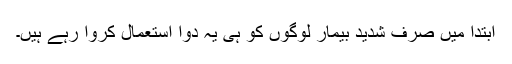
ابتدا میں صرف شدید بیمار لوگوں کو ہی یہ دوا استعمال کروا رہے ہیں۔